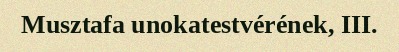
Musztafa unokatestvérének, III.